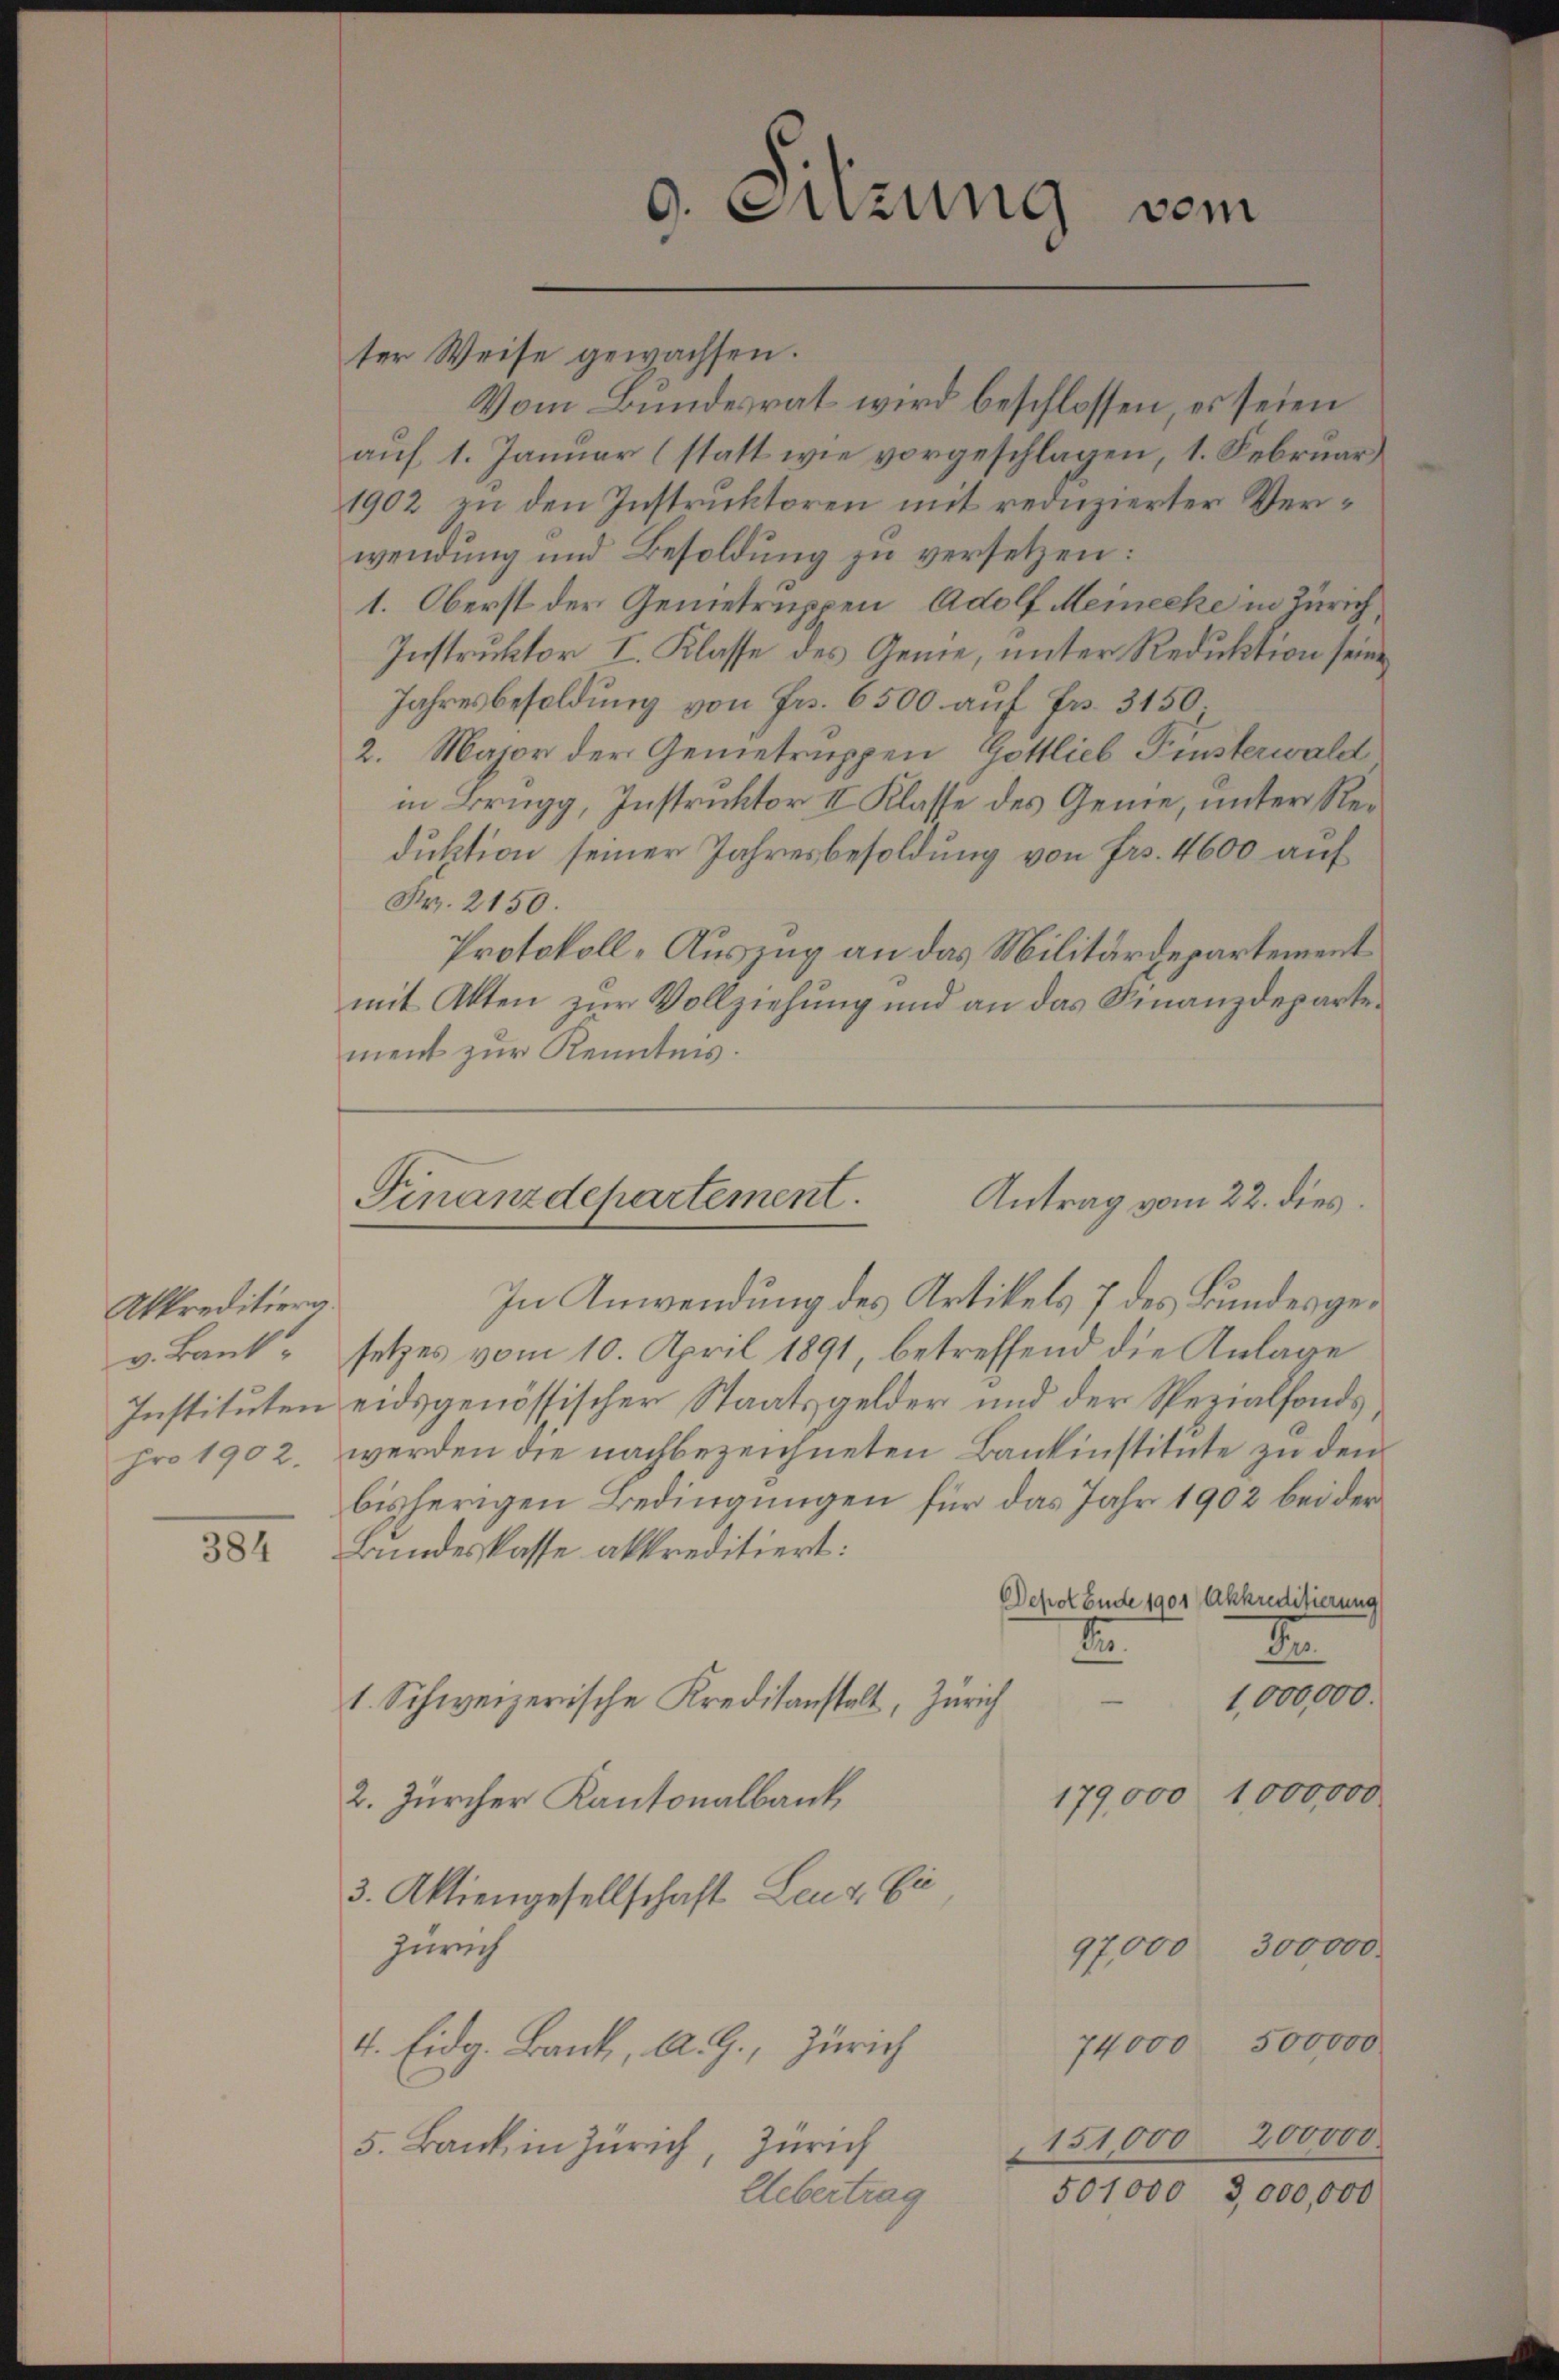
Akkreditiera.
v. Bank
Instituten
pro 1902.

384

ter Weise gewachsen.
Vom Bundesrat wird beschlossen, es seien
auf 1. Januar (statt wie vorgeschlagen, 1. Februar
1902 zu den Instruktoren mit reduzierter Verwendung und Besoldung zu versetzen:
1. Oberst der Genietruppen, Adolf Meinecke in Zürich,
Instruktor I. Klasse des Genie, unter Reduktion seine
Jahresbesoldung von Fr. 6500 auf Fr. 3150.
2. Major der Gemetruppen, Gottlieb Finsterwald
in Brugg, Instruktor II Klasse des Genie, unter Reduktion seiner Jahresbesoldung von Frs. 4600 auf
Fr. 2150.
Protokoll-Auszug an das Militärdepartement
mit Akten zur Vollziehung und an das Finanzdepartement zur Kenntnis.

9. Sitzung vom

Finanzdepartement.
Antrag vom 22. dies

In Anwendung des Artikels 7 des Bundesgesetzes vom 10. April 1891, betreffend die Anlage
eidsgenössischer Staatsgelder und der Spezialfonds,
werden die nachbezeichneten Bankinstitute zu den
bisherigen Bedingungen für das Jahr 1902 bei der
Bundeskasse abkreditiert:
Depot Ende 1901 Akkreditierung
E
I
1,000,000.
1. Schweizerische Kreditanstalt, Zürich
179,000 1,000,000
2. Zürcher Kantonalbank
3. Aktiengesellschaft Leut. Ei
300000.
Zürich
97,000
500,000
4. Eidg. Bank, A. G., Zürich
74000
151000, 200000
5. Bank in Zürich, Zürich
501000 3,000,000
Uebertrag